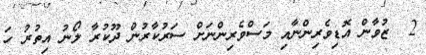
2  ޒުވާން އޮޑިވެރިންނާއި މަސްވެރިންނަށް ސަރުކާރުން ދޫކުރާ ލޯނު އިތުރު ހަ